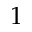
1